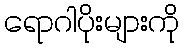
ရောဂါပိုးများကို